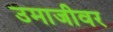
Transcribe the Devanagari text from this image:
उमाजीवर